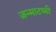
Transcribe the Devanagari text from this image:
जन्माटष्मी